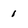
Character: 1